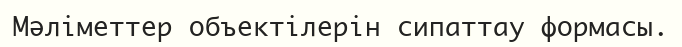
Мәліметтер объектілерін сипаттау формасы.